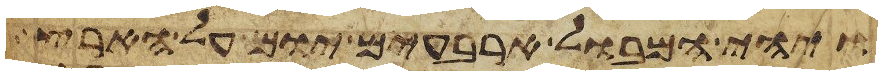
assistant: ויהי המבול ארבעים יום על הארץ